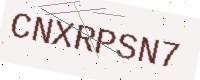
Text: CNXRPSN7